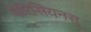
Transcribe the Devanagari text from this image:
पेरिसियनस्